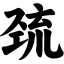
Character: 巯